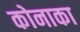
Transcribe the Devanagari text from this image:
कोनाका